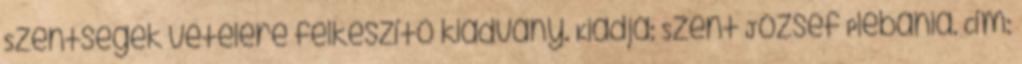
Szentségek vételére felkészítő kiadvány. Kiadja: Szent József Plébánia. Cím: